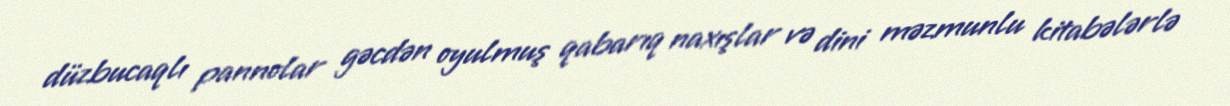
düzbucaqlı pannolar gəcdən oyulmuş qabarıq naxışlar və dini məzmunlu kitabələrlə